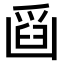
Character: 𠚘